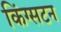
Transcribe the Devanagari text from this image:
किंग्‍सटन